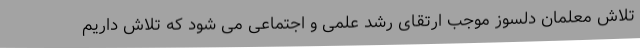
تلاش معلمان دلسوز موجب ارتقای رشد علمی و اجتماعی می شود که تلاش داریم